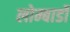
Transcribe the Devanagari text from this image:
लोम्बार्डों